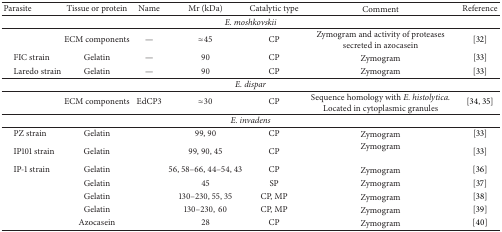
| Parasite | Tissue or protein | Name | Mr (kDa) | Catalytic type | Comment | Reference |
 | --- | --- | --- | --- | --- | --- | --- |
 | <COLSPAN=7> E. moshkovskii |
 |  | ECM components | — | ≈45 | CP | Zymogram and activity of proteases secreted in azocasein | [32] |
 | FIC strain | Gelatin | — | 90 | CP | Zymogram | [33] |
 | Laredo strain | Gelatin | — | 90 | CP | Zymogram | [33] |
 | <COLSPAN=7> E. dispar |
 |  | ECM components | EdCP3 | ≈30 | CP | Sequence homology with E. histolytica. Located in cytoplasmic granules | [34, 35] |
 | <COLSPAN=7> E. invadens |
 | PZ strain | Gelatin |  | 99, 90 | CP | Zymogram | [33] |
 | IP101 strain | Gelatin |  | 99, 90, 45 | CP | Zymogram | [33] |
 | IP-1 strain | Gelatin |  | 56, 58–66, 44–54, 43 | CP | Zymogram | [36] |
 |  | Gelatin |  | 45 | SP | Zymogram | [37] |
 |  | Gelatin |  | 130–230, 55, 35 | CP, MP | Zymogram | [38] |
 |  | Gelatin |  | 130–230,60 | CP, MP | Zymogram | [39] |
 |  | Azocasein |  | 28 | CP | Zymogram | [40] |